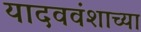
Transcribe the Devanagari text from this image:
यादववंशाच्या